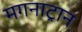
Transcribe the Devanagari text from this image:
मगनाट्रान